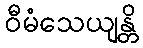
ဝီမံသေယျန္တိ